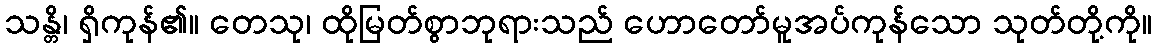
သန္တိ၊ ရှိကုန်၏။ တေသု၊ ထိုမြတ်စွာဘုရားသည် ဟောတော်မူအပ်ကုန်သော သုတ်တို့ကို။